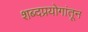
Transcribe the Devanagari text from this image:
शब्दप्रयोगांतून